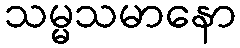
သမ္မသမာနော